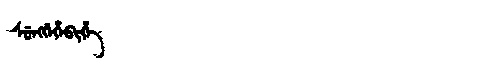
Manchu: ᠰᡠᠩᡤᡝᡥᡝᠪᡳᡥᡝ
Romanization: SUNGGEHEBIHE